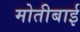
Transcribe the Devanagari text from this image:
मोतीबाई